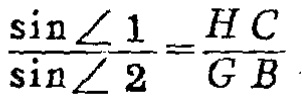
\(\frac{\sin\angle 1}{\sin\angle 2}=\frac{H C}{G B}\)